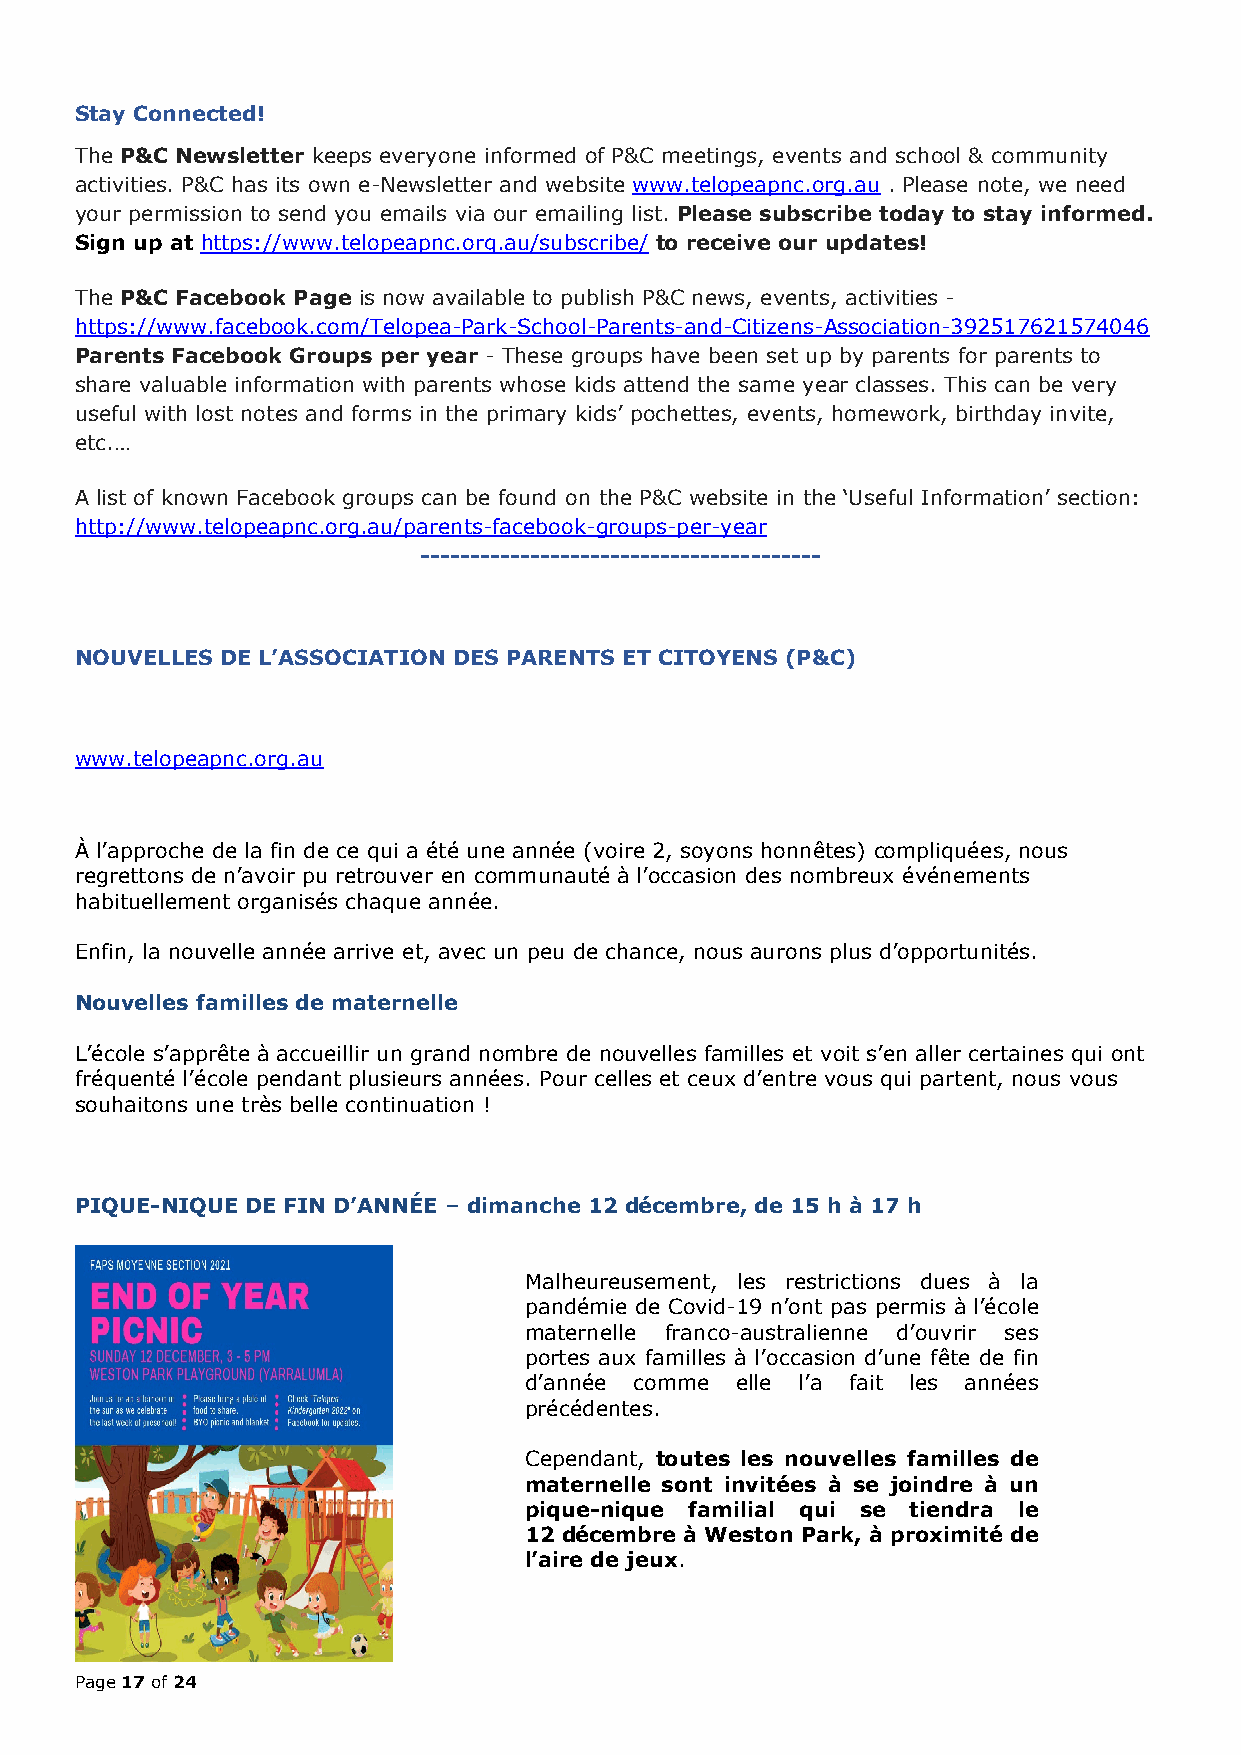
Stay Connected!
 The P&C Newsletter keeps everyone informed of P&C meetings, events and school & community
 activities. P&C has its own e-Newsletter and website www.telopeapnc.org.au . Please note, we need
 your permission to send you emails via our emailing list. Please subscribe today to stay informed.
 Sign up at https://www.telopeapnc.org.au/subscribe/ to receive our updates!
 The P&C Facebook Page is now available to publish P&C news, events, activities -
 https://www.facebook.com/Telopea-Park-School-Parents-and-Citizens-Association-392517621574046
 Parents Facebook Groups per year - These groups have been set up by parents for parents to
 share valuable information with parents whose kids attend the same year classes. This can be very
 useful with lost notes and forms in the primary kids’ pochettes, events, homework, birthday invite,
 etc.…
 A list of known Facebook groups can be found on the P&C website in the ‘Useful Information’ section:
 http://www.telopeapnc.org.au/parents-facebook-groups-per-year
 ----------------------------------------
 NOUVELLES DE L’ASSOCIATION DES PARENTS ET CITOYENS (P&C)
 www.telopeapnc.org.au
 À l’approche de la fin de ce qui a été une année (voire 2, soyons honnêtes) compliquées, nous
 regrettons de n’avoir pu retrouver en communauté à l’occasion des nombreux événements
 habituellement organisés chaque année.
 Enfin, la nouvelle année arrive et, avec un peu de chance, nous aurons plus d’opportunités.
 Nouvelles familles de maternelle
 L’école s’apprête à accueillir un grand nombre de nouvelles familles et voit s’en aller certaines qui ont
 fréquenté l’école pendant plusieurs années. Pour celles et ceux d’entre vous qui partent, nous vous
 souhaitons une très belle continuation !
 PIQUE-NIQUE DE FIN D’ANNÉE – dimanche 12 décembre, de 15 h à 17 h
 Malheureusement, les restrictions dues à la
 pandémie de Covid-19 n’ont pas permis à l’école
 maternelle franco-australienne d’ouvrir ses
 portes aux familles à l’occasion d’une fête de fin
 d’année comme elle l’a fait les années
 précédentes.
 Cependant, toutes les nouvelles familles de
 maternelle sont invitées à se joindre à un
 pique-nique familial qui se tiendra le
 12 décembre à Weston Park, à proximité de
 l’aire de jeux.
 Page 17 of 24